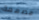
مصممة